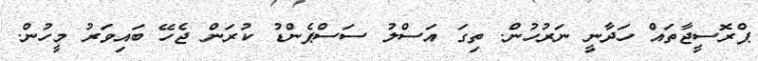
ޕްރޮސީޖާތައް ހަދާނީ ނަރުހުން. ތިގަ އަސްލު ސަސްޕެންޑު ކުރަން ޖެހޭ ބައިވަރު މީހުން.